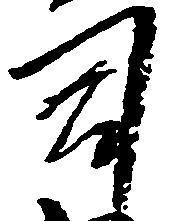
司